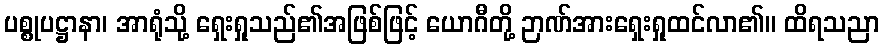
ပစ္စုပဋ္ဌာနာ၊ အာရုံသို့ ရှေးရှုသည်၏အဖြစ်ဖြင့် ယောဂီတို့ ဉာဏ်အားရှေးရှုထင်လာ၏။ ထိရသညာ